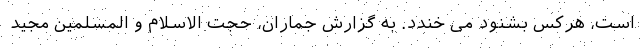
است، هرکس بشنود می خندد. به گزارش جماران، حجت الاسلام و المسلمین مجید